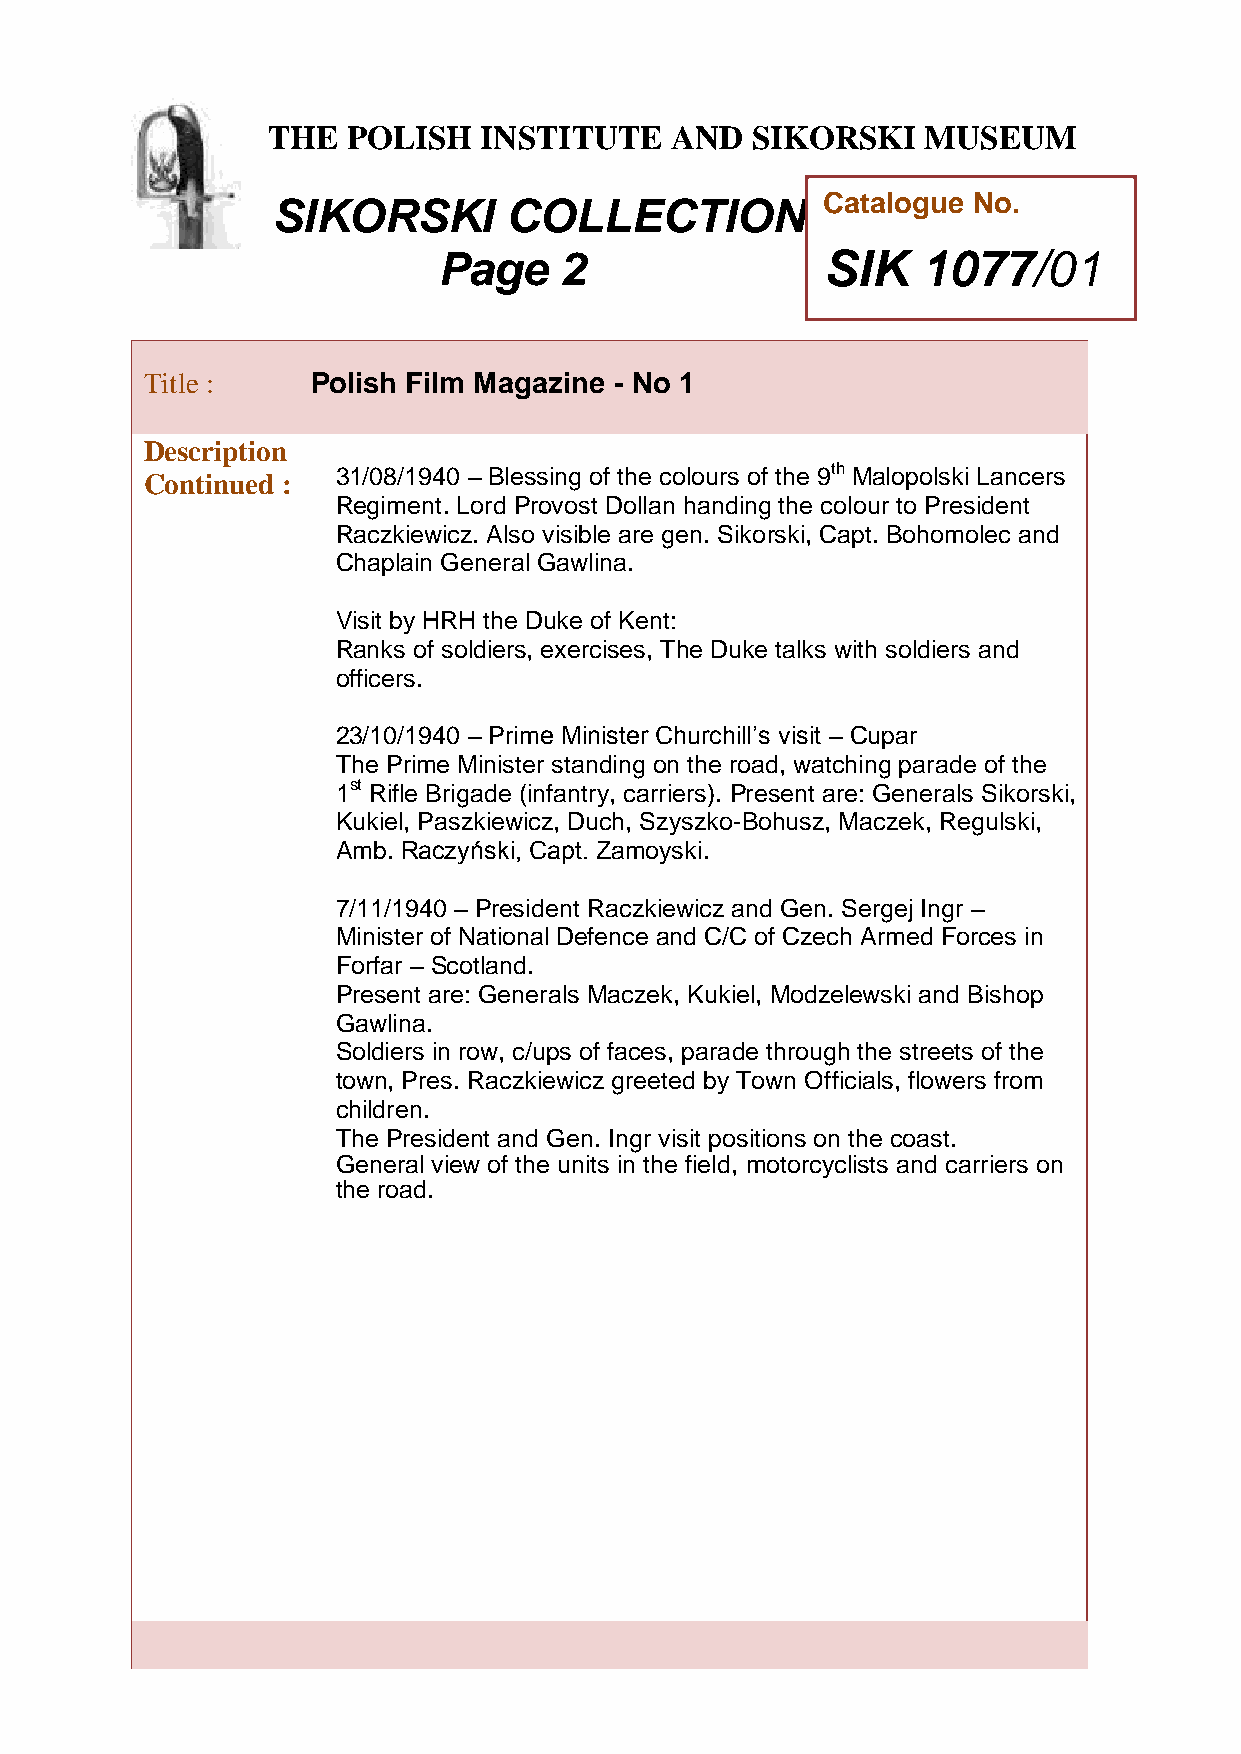
THE  POLISH   INSTITUTE   AND   SIKORSKI   MUSEUM
 Catalogue No.
 SIKORSKI        COLLECTION
 Page    2                SIK    1077/01
 T
 hTitle :     Polish Film Magazine - No 1
 e
 Description
 ContP inued : 31/08/1940 – Blessing of the colours of the 9th Malopolski Lancers
 o      Regiment. Lord Provost Dollan handing the colour to President
 l
 iRaczkiewicz. Also visible are gen. Sikorski, Capt. Bohomolec and
 sChaplain General Gawlina.
 h
 V isit by HRH the Duke of Kent:
 I
 Ranks of soldiers, exercises, The Duke talks with soldiers and
 n
 officers.
 s
 t
 i
 23/10/1940 – Prime Minister Churchill’s visit – Cupar
 t
 The Prime Minister standing on the road, watching parade of the
 u
 1st Rifle Brigadte (infantry, carriers). Present are: Generals Sikorski,
 Kukiel, Paszkiewicz, Duch, Szyszko-Bohusz, Maczek, Regulski,
 e
 Amb. Raczyński, C apt. Zamoyski.
 a
 7/11/1940 – President Raczkiewicz and Gen. Sergej Ingr –
 n
 Minister of National Defence and C/C of Czech Armed Forces in
 d
 Forfar – Scotland.
 Present are: Generals Maczek, Kukiel, Modzelewski and Bishop
 S
 Gawlina.                i
 Soldiers in row, c/ups of faces, parkade through the streets of the
 town, Pres. Raczkiewicz greeted by oTown Officials, flowers from
 children.                    r
 The President and Gen. Ingr visit positionss on the coast.
 General view of the units in the field, motorckyclists and carriers on
 i
 the road.
 M
 u
 s
 e
 u
 m